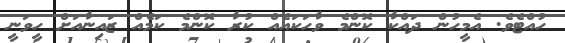
ހުއްޓެވެ. އެމީހުން ދައްކާ ކޮންމެ ވާހަކައެއް ކުރާ ކޮންމެ ކަމެއް ޒައިނާއަށް ހީވަނީ